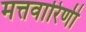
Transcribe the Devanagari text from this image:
मत्तवारिणी